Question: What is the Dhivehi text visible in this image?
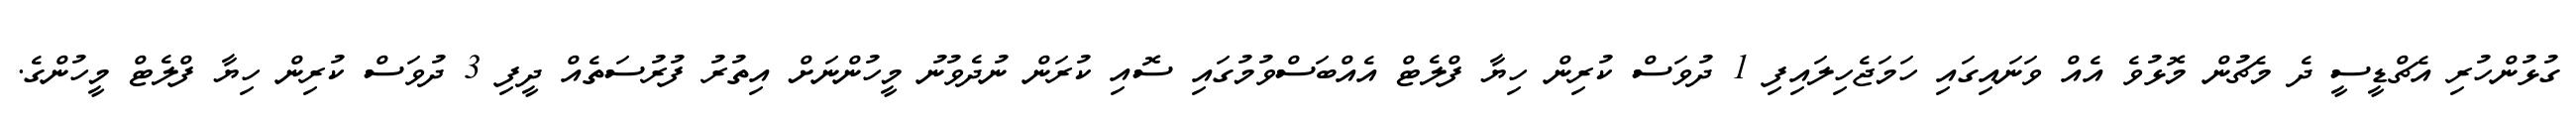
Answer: ގުޅުންހުރި އެޗްޑީސީ ދެ މެޗުން މޮޅުވެ އެއް ވަނައިގައި ހަމަޖެހިލައިފި 1 ދުވަސް ކުރިން ހިޔާ ފްލެޓް އެއްބަސްވުމުގައި ސޮއި ކުރަން ނުދެވުނު މީހުންނަށް އިތުރު ފުރުސަތެއް ދީފި 3 ދުވަސް ކުރިން ހިޔާ ފްލެޓް މީހުންގެ.